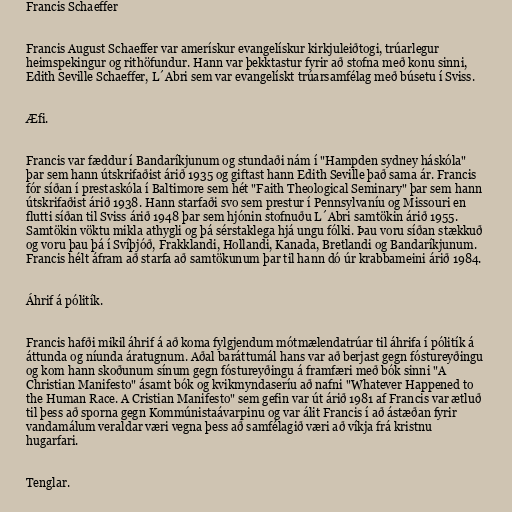
Francis Schaeffer

Francis August Schaeffer var amerískur evangelískur kirkjuleiðtogi, trúarlegur
heimspekingur og rithöfundur. Hann var þekktastur fyrir að stofna með konu sinni,
Edith Seville Schaeffer, L´Abri sem var evangelískt trúarsamfélag með búsetu í Sviss.

Æfi.

Francis var fæddur í Bandaríkjunum og stundaði nám í "Hampden sydney háskóla"
þar sem hann útskrifaðist árið 1935 og giftast hann Edith Seville það sama ár. Francis
fór síðan í prestaskóla í Baltimore sem hét "Faith Theological Seminary" þar sem hann
útskrifaðist árið 1938. Hann starfaði svo sem prestur í Pennsylvaníu og Missouri en
flutti síðan til Sviss árið 1948 þar sem hjónin stofnuðu L´Abri samtökin árið 1955.
Samtökin vöktu mikla athygli og þá sérstaklega hjá ungu fólki. Þau voru síðan stækkuð
og voru þau þá í Svíþjóð, Frakklandi, Hollandi, Kanada, Bretlandi og Bandaríkjunum.
Francis hélt áfram að starfa að samtökunum þar til hann dó úr krabbameini árið 1984.

Áhrif á pólitík.

Francis hafði mikil áhrif á að koma fylgjendum mótmælendatrúar til áhrifa í pólitík á
áttunda og níunda áratugnum. Aðal baráttumál hans var að berjast gegn fóstureyðingu
og kom hann skoðunum sínum gegn fóstureyðingu á framfæri með bók sinni "A
Christian Manifesto" ásamt bók og kvikmyndaseríu að nafni "Whatever Happened to
the Human Race. A Cristian Manifesto" sem gefin var út árið 1981 af Francis var ætluð
til þess að sporna gegn Kommúnistaávarpinu og var álit Francis í að ástæðan fyrir
vandamálum veraldar væri vegna þess að samfélagið væri að víkja frá kristnu
hugarfari.

Tenglar.